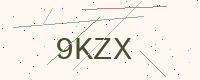
Text: 9KZX